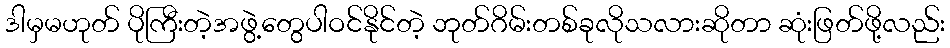
ဒါမှမဟုတ် ပိုကြီးတဲ့အဖွဲ့တွေပါဝင်နိုင်တဲ့ ဘုတ်ဂိမ်းတစ်ခုလိုသလားဆိုတာ ဆုံးဖြတ်ဖို့လည်း